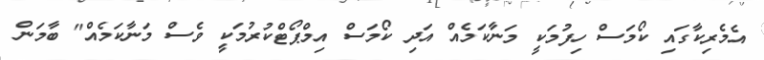
އެމެރިކާގައި ކޯމަސް ހިފުމަކީ މަނާކަމެއް އަދި ކޯމަސް އިމްޕޯޓްކުރުމަކީ ވެސް މަނާކަމެއް" ބާމަން